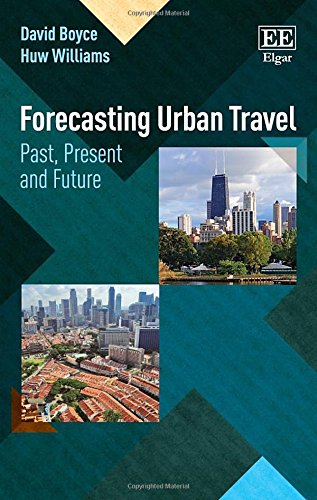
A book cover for Forecasting Urban Travel: Past, Present and Future; David E. Boyce; Business & Money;